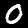
Digit: 0